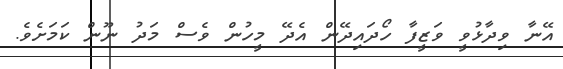
އޭނާ ވިދާޅުވީ ވަޒީފާ ހޯދައިދޭން އެދޭ މީހުން ވެސް މަދު ނޫން ކަމަށެވެ.